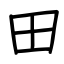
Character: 田